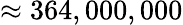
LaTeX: \approx 364,000,000